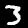
Digit: 3